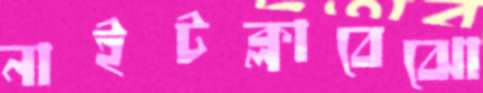
নাইটক্লাবেঝো